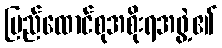
ပြည်ထောင်စုအစိုးရအဖွဲ့၏